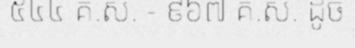
៥៤៤ គ.ស. - ៩៦៧ គ.ស. ដូច